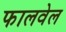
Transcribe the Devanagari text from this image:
फालवेल